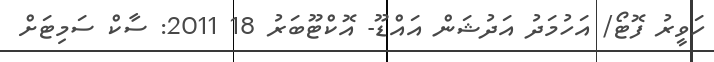
ހަވީރު ފޮޓޯ/ އަހުމަދު އަދުޝަން އައްޑޫ- އޮކްޓޫބަރު 18 2011: ސާކް ސަމިޓަށް